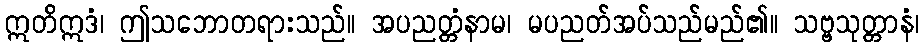
ဣတိဣဒံ၊ ဤသဘောတရားသည်။ အပညတ္တံနာမ၊ မပညတ်အပ်သည်မည်၏။ သဗ္ဗသုတ္တာနံ၊